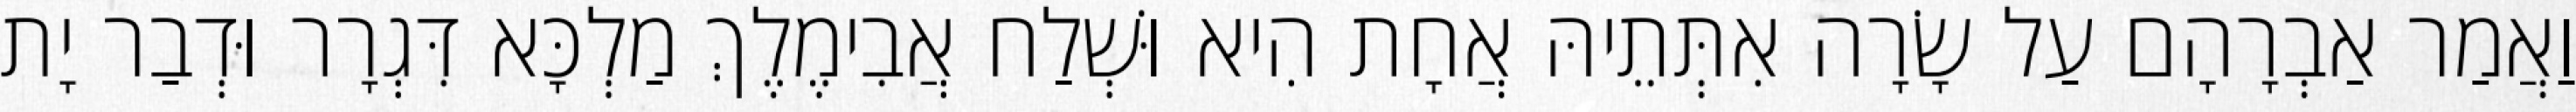
וַאֲמַר אַבְרָהָם עַל שָׂרָה אִתְּתֵיהּ אֲחָת הִיא וּשְׁלַח אֲבִימֶלֶךְ מַלְכָּא דִּגְרָר וּדְבַר יָת